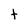
Character: t